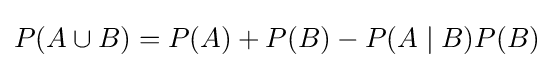
P(A\cup B)={P(A)+P(B)-P(A\mid B){P(B)}}